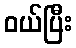
ဝယ်ပြီး